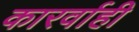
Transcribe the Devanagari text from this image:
कारर्वाही